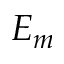
E _ { m }